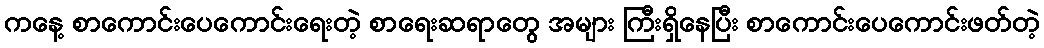
ကနေ့ စာကောင်းပေကောင်းရေးတဲ့ စာရေးဆရာတွေ အများ ကြီးရှိနေပြီး စာကောင်းပေကောင်းဖတ်တဲ့